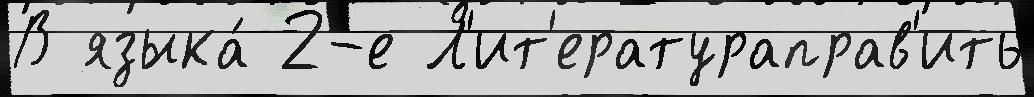
В языка́ 2-е Л'ит'ератураправ'ить